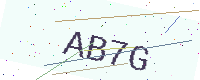
Text: AB7G